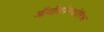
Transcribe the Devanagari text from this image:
ऑर्थोफाॅस्फोरिक